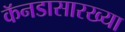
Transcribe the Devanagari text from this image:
कॅनडासारख्या